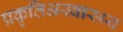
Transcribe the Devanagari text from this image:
प्रकृतिअस्वास्थ्य